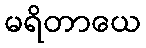
မရိတာယေ